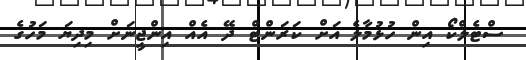
ސްޓެލްކޯ އިން ހުޅުމާލެ އަށް ކަރަންޓްް ދޭ އެއް އިންޖީނަށް މިދިޔަ މަހުގެ